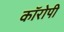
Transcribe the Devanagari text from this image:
कॉरोपी